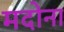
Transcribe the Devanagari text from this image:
मदोना